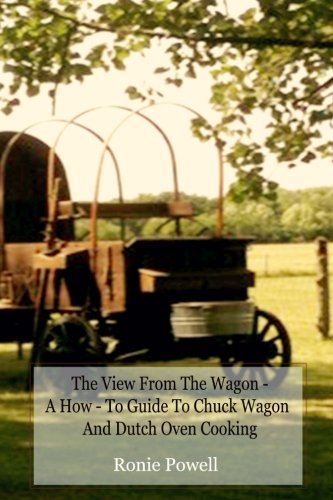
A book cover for The View From The Wagon - A How-To Guide to Chuck Wagon and Dutch Oven Cooking; Ronie Powell; Cookbooks, Food & Wine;